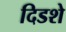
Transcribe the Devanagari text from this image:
दिडशे